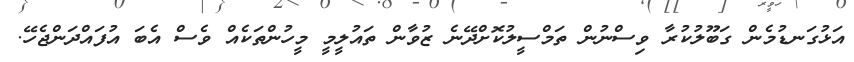
އަޅުގަނޑުމެން ގަބޫލުކުރާ ވިސްނުން ތަމްސީލުކޮށްދޭނެ ޒުވާން ތައުލީމީ މީހުންތަކެއް ވެސް އެބަ އުފައްދަންޖެހޭ.